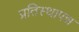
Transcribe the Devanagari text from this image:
प्रतिस्थापन्न